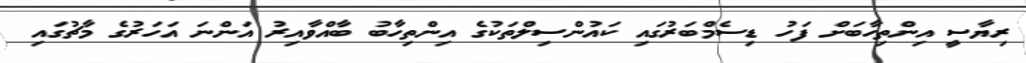
ރިޔާސީ އިންތިހާބަށް ފަހު ޑިސެމްބަރުގައި ކައުންސިލްތަކުގެ އިންތިހާބު ބާއްވާއިރު އަންނަ އަހަރުގެ މާޗުގައި